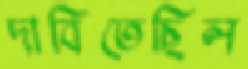
দাবিতেছিল